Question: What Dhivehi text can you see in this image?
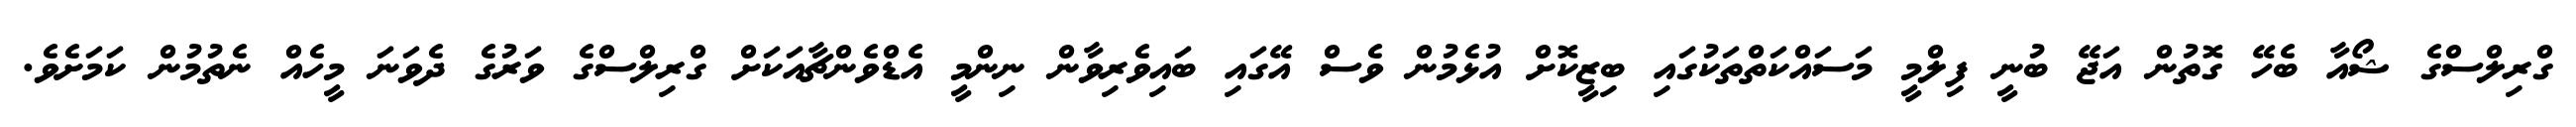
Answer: ގްރިލްސްގެ ޝޯއާ ބެހޭ ގޮތުން އަޖޭ ބުނީ ފިލްމީ މަސައްކަތްތަކުގައި ބިޒީކޮށް އުޅެމުން ވެސް އޭގައި ބައިވެރިވާން ނިންމީ އެޑްވެންޗާއަކަށް ގްރިލްސްގެ ވަރުގެ ދެވަނަ މީހެއް ނެތުމުން ކަމަށެވެ.